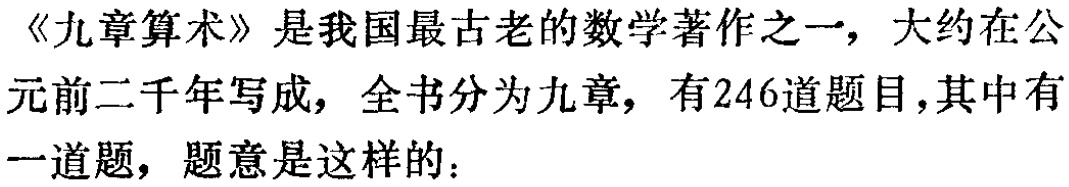
《九章算术》是我国最古老的数学著作之一，大约在公元前二千年写成，全书分为九章，有246道题目，其中有一道题，题意是这样的：